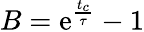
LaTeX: B=\mathrm{e}^{\frac{{t_{c}}}{{\tau}}}-1